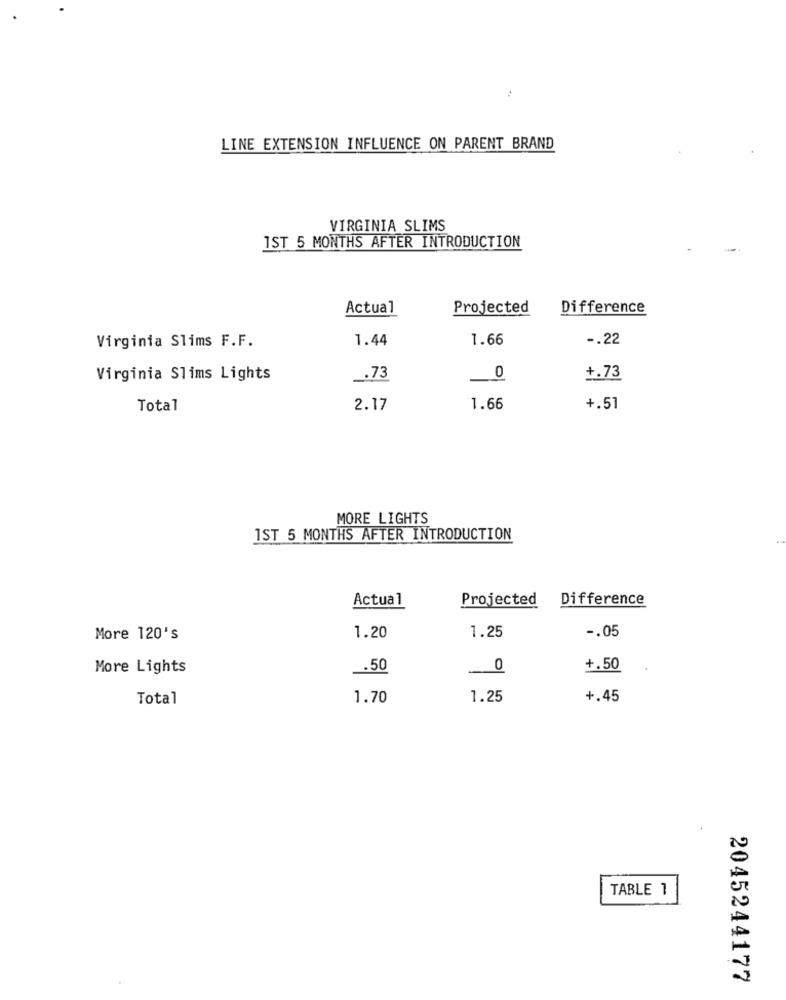
LINE EXTENSION INFLUENCE ON PARENT BRAND
VIRGINIA SLIMS
IST 5 MONTHS AFTER INTRODUCTION
Actual
Projected
Difference
1.44
1.66
-. 22
Virginia Slims F.F.
Virginia Slims Lights
.73
0
+.73
Total
2.17
1.66
+.51
MORE LIGHTS
1ST 5 MONTHS AFTER INTRODUCTION
Actual
Projected
Difference
-. 05
More 120's
1.20
1.25
More Lights
.50
_0
+.50
Total
1.70
1.25
+.45
TABLE 1
2045244177